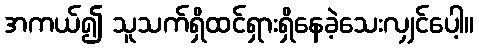
အကယ်၍ သူသက်ရှိထင်ရှားရှိနေခဲ့သေးလျှင်ပေါ့။